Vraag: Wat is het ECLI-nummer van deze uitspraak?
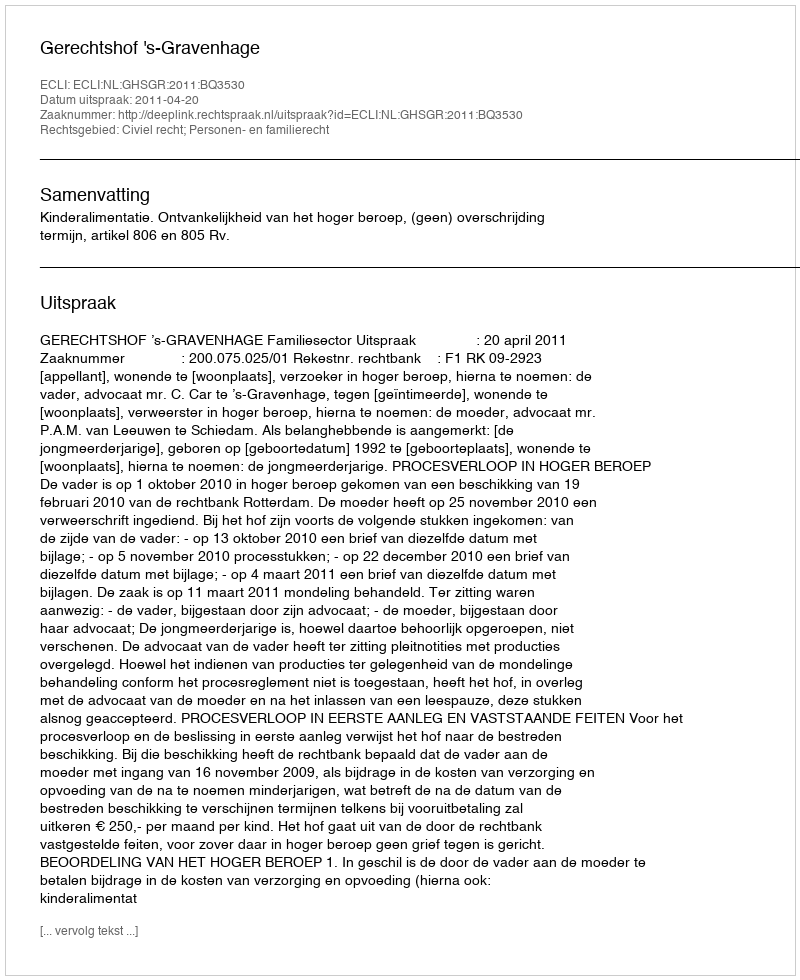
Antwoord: ECLI:NL:GHSGR:2011:BQ3530